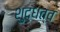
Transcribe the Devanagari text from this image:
शुद्धत्व